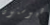
هيوستون